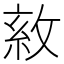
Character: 𢽺